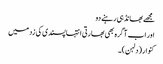
مجھے بھانڈ ہی رہنے دو
اور اب آگرہ بھی بھارتی انتہاپسندی کی زد میں
کنوار (دلہن)۔